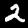
Label: 2